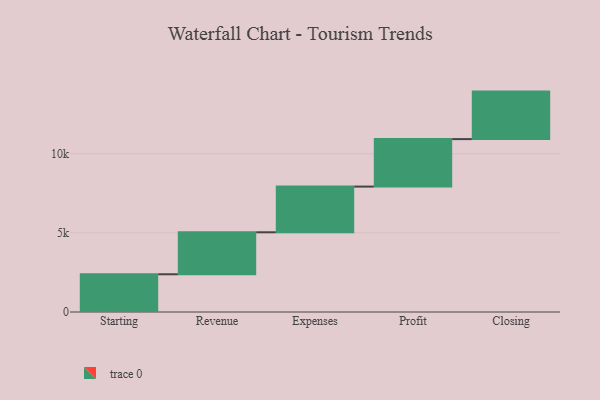
{"axis": {"x": "Step", "y": "Value"}, "legend": [""], "data": [{"x": "Starting", "y": 2384.0, "type": ""}, {"x": "Revenue", "y": 2651.0, "type": ""}, {"x": "Expenses", "y": 2886.0, "type": ""}, {"x": "Profit", "y": 3000, "type": ""}, {"x": "Closing", "y": 3000, "type": ""}]}